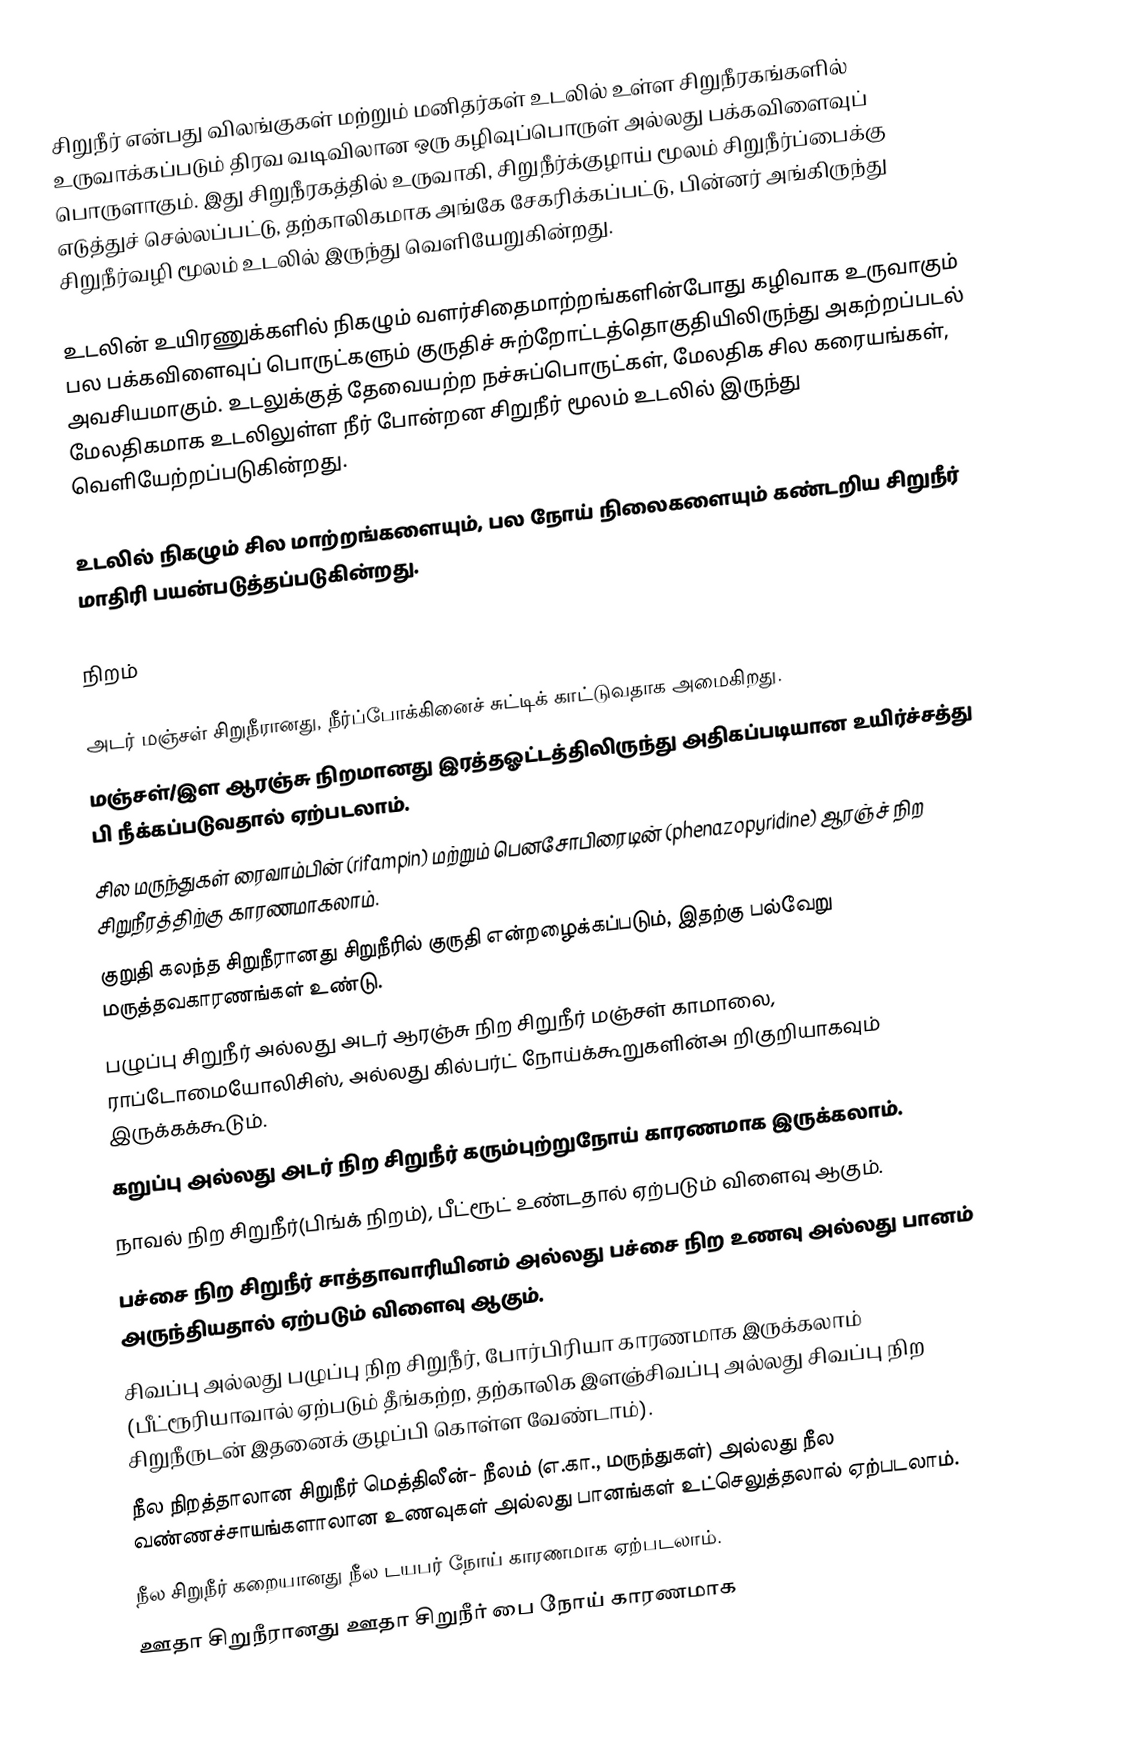
சிறுநீர் என்பது விலங்குகள் மற்றும் மனிதர்கள் உடலில் உள்ள சிறுநீரகங்களில் உருவாக்கப்படும் திரவ வடிவிலான ஒரு கழிவுப்பொருள் அல்லது பக்கவிளைவுப் பொருளாகும். இது சிறுநீரகத்தில் உருவாகி, சிறுநீர்க்குழாய் மூலம் சிறுநீர்ப்பைக்கு எடுத்துச் செல்லப்பட்டு, தற்காலிகமாக அங்கே சேகரிக்கப்பட்டு, பின்னர் அங்கிருந்து சிறுநீர்வழி மூலம் உடலில் இருந்து வெளியேறுகின்றது.

உடலின் உயிரணுக்களில் நிகழும் வளர்சிதைமாற்றங்களின்போது கழிவாக உருவாகும் பல பக்கவிளைவுப் பொருட்களும் குருதிச் சுற்றோட்டத்தொகுதியிலிருந்து அகற்றப்படல் அவசியமாகும். உடலுக்குத் தேவையற்ற நச்சுப்பொருட்கள், மேலதிக சில கரையங்கள், மேலதிகமாக உடலிலுள்ள நீர் போன்றன சிறுநீர் மூலம் உடலில் இருந்து வெளியேற்றப்படுகின்றது.

உடலில் நிகழும் சில மாற்றங்களையும், பல நோய் நிலைகளையும் கண்டறிய சிறுநீர் மாதிரி பயன்படுத்தப்படுகின்றது.

நிறம்

 அடர் மஞ்சள் சிறுநீரானது, நீர்ப்போக்கினைச் சுட்டிக் காட்டுவதாக அமைகிறது.
 மஞ்சள்/இள ஆரஞ்சு நிறமானது இரத்தஓட்டத்திலிருந்து அதிகப்படியான உயிர்ச்சத்து பி நீக்கப்படுவதால் ஏற்படலாம்.
 சில மருந்துகள் ரைவாம்பின் (rifampin) மற்றும் பெனசோபிரைடின் (phenazopyridine) ஆரஞ்ச் நிற சிறுநீரத்திற்கு காரணமாகலாம்.
 குறுதி கலந்த சிறுநீரானது சிறுநீரில் குருதி என்றழைக்கப்படும், இதற்கு பல்வேறு மருத்தவகாரணங்கள் உண்டு.
 பழுப்பு சிறுநீர் அல்லது அடர் ஆரஞ்சு நிற சிறுநீர் மஞ்சள் காமாலை, ராப்டோமையோலிசிஸ், அல்லது கில்பர்ட் நோய்க்கூறுகளின்அ றிகுறியாகவும் இருக்கக்கூடும்.
 கறுப்பு அல்லது அடர் நிற சிறுநீர் கரும்புற்றுநோய் காரணமாக இருக்கலாம்.
 நாவல் நிற சிறுநீர்(பிங்க் நிறம்), பீட்ரூட் உண்டதால் ஏற்படும் விளைவு ஆகும்.
 பச்சை நிற சிறுநீர் சாத்தாவாரியினம் அல்லது பச்சை நிற உணவு அல்லது பானம் அருந்தியதால் ஏற்படும் விளைவு ஆகும்.
 சிவப்பு அல்லது பழுப்பு நிற சிறுநீர், போர்பிரியா காரணமாக இருக்கலாம் (பீட்ரூரியாவால் ஏற்படும் தீங்கற்ற, தற்காலிக இளஞ்சிவப்பு அல்லது சிவப்பு நிற சிறுநீருடன் இதனைக் குழப்பி கொள்ள வேண்டாம்).
 நீல நிறத்தாலான சிறுநீர் மெத்திலீன்- நீலம் (எ.கா., மருந்துகள்) அல்லது நீல வண்ணச்சாயங்களாலான உணவுகள் அல்லது பானங்கள் உட்செலுத்தலால் ஏற்படலாம்.
 நீல சிறுநீர் கறையானது நீல டயபர் நோய் காரணமாக ஏற்படலாம்.
 ஊதா சிறுநீரானது ஊதா சிறுநீர் பை நோய் காரணமாக